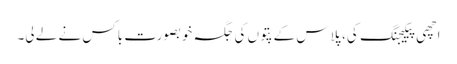
اچھی پیکیجنگ کی، پلاس کے پتوں کی جگہ خوبصورت باکس نے لے لی۔